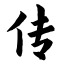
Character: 传